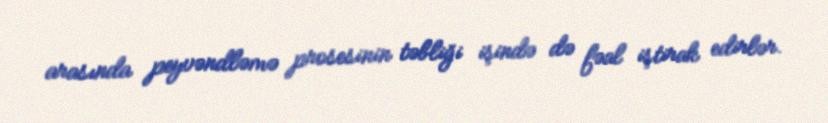
arasında peyvəndləmə prosesinin təbliği işində də fəal iştirak edirlər.